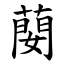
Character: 蔅